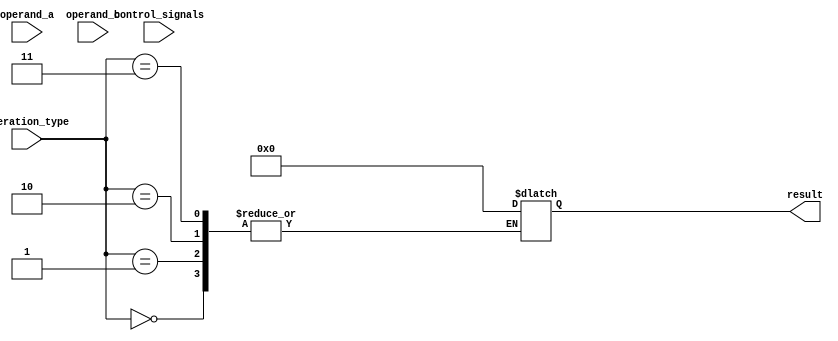
module extended_precision_fpu(
    input [63:0] operand_a,
    input [63:0] operand_b,
    input [2:0] operation_type,
    input [1:0] control_signals,
    output reg [127:0] result
);

// Declare internal signals
reg [62:0] mantissa_a, mantissa_b;
reg [9:0] exponent_a, exponent_b;
reg sign_a, sign_b;
reg [1:0] special_case;

// Extracting mantissa, exponent, and sign from operand values
assign mantissa_a = operand_a[51:0];
assign exponent_a = operand_a[62:52];
assign sign_a = operand_a[63];

assign mantissa_b = operand_b[51:0];
assign exponent_b = operand_b[62:52];
assign sign_b = operand_b[63];

// Implementing arithmetic blocks for add, subtract, multiply, divide operations
always @*
begin
    case(operation_type)
        3'b000: // Add operation
            begin
                // Perform addition operation on mantissas
                // Handle special cases
            end
        3'b001: // Subtract operation
            begin
                // Perform subtraction operation on mantissas
                // Handle special cases
            end
        3'b010: // Multiply operation
            begin
                // Perform multiplication operation on mantissas
                // Handle special cases
            end
        3'b011: // Divide operation
            begin
                // Perform division operation on mantissas
                // Handle special cases
            end
        default: // Invalid operation
            result <= 128'b0; // Output zero for invalid operations
    endcase
end

// Output final result based on operation type

endmodule